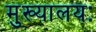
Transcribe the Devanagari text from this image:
मुख्यालयः